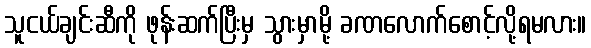
သူငယ်ချင်းဆီကို ဖုန်းဆက်ပြီးမှ သွားမှာမို့ ခဏလောက်စောင့်လို့ရမလား။